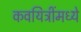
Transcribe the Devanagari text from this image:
कवयित्रींमध्ये